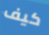
كيف